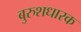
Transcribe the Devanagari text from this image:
बुरुशधारक